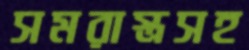
সমরাস্ত্রসহ